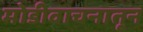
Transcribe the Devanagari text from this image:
मोडीवाचनातून